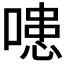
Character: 𭊍